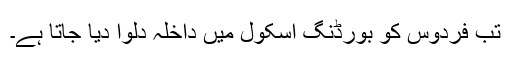
تب فردوس کو بورڈنگ اسکول میں داخلہ دلوا دیا جاتا ہے۔